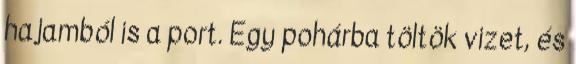
hajamból is a port. Egy pohárba töltök vizet, és